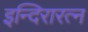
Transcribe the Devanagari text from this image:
इन्दिरारत्न